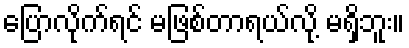
ပြောလိုက်ရင် မဖြစ်တာရယ်လို့ မရှိဘူး။